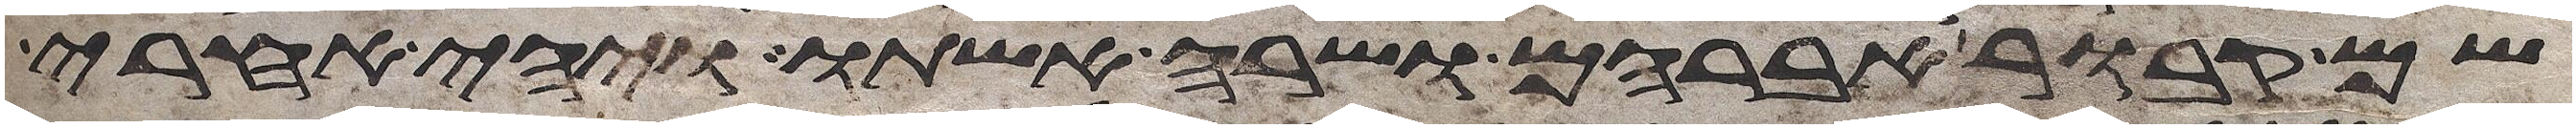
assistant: שם קבור אברהם ושרה אשתו ויהי אחרי